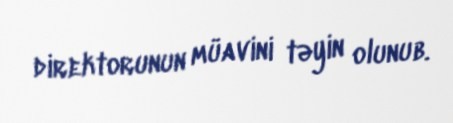
direktorunun müavini təyin olunub.